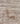
ما